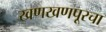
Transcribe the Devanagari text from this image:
खणखणपूरचा